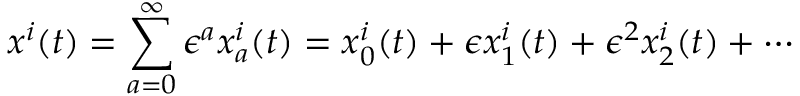
x ^ { i } ( t ) = \sum _ { a = 0 } ^ { \infty } \epsilon ^ { a } x _ { a } ^ { i } ( t ) = x _ { 0 } ^ { i } ( t ) + \epsilon x _ { 1 } ^ { i } ( t ) + \epsilon ^ { 2 } x _ { 2 } ^ { i } ( t ) + \cdots